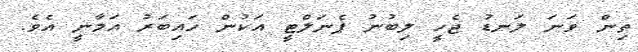
ތިން ވަނަ ލަނޑު ޖެހީ ލިބުނު ޕެނަލްޓީ އަކުން ހައިބަރު އަމާނީ އެވެ.